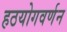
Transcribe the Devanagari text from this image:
हठयोगवर्णन